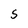
Character: S